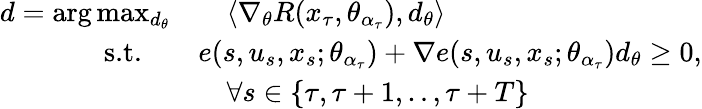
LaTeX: \begin{array}{rl}{d=\arg\operatorname*{max}_{d_{\theta}}}&{\quad\langle\nabla_{\theta}R(x_{\tau},\theta_{\alpha_{\tau}}),d_{\theta}\rangle}\\ {\textrm{s.t.}\quad}&{e(s,u_{s},x_{s};\theta_{\alpha_{\tau}})+\nabla e(s,u_{s},x_{s};\theta_{\alpha_{\tau}})d_{\theta}\geq 0,}\\ &{\quad\forall s\in\{ \tau,\tau+1,..,\tau+T\} }\end{array}